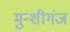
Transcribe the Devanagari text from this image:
मुन्शीगंज